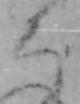
ち